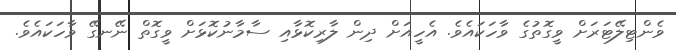
ވެންޓިލޭޓަރަށް ވީގޮތުގެ ވާހަކައެވެ. އެހީއަށް ދިން ލާރިކޮޅާއި ސާމާނުކޮޅަށް ވީގޮތް ނޭނގޭ ވާހަކައެވެ.